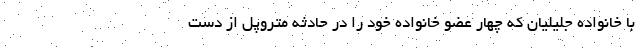
با خانواده جلیلیان که چهار عضو خانواده خود را در حادثه متروپل از دست